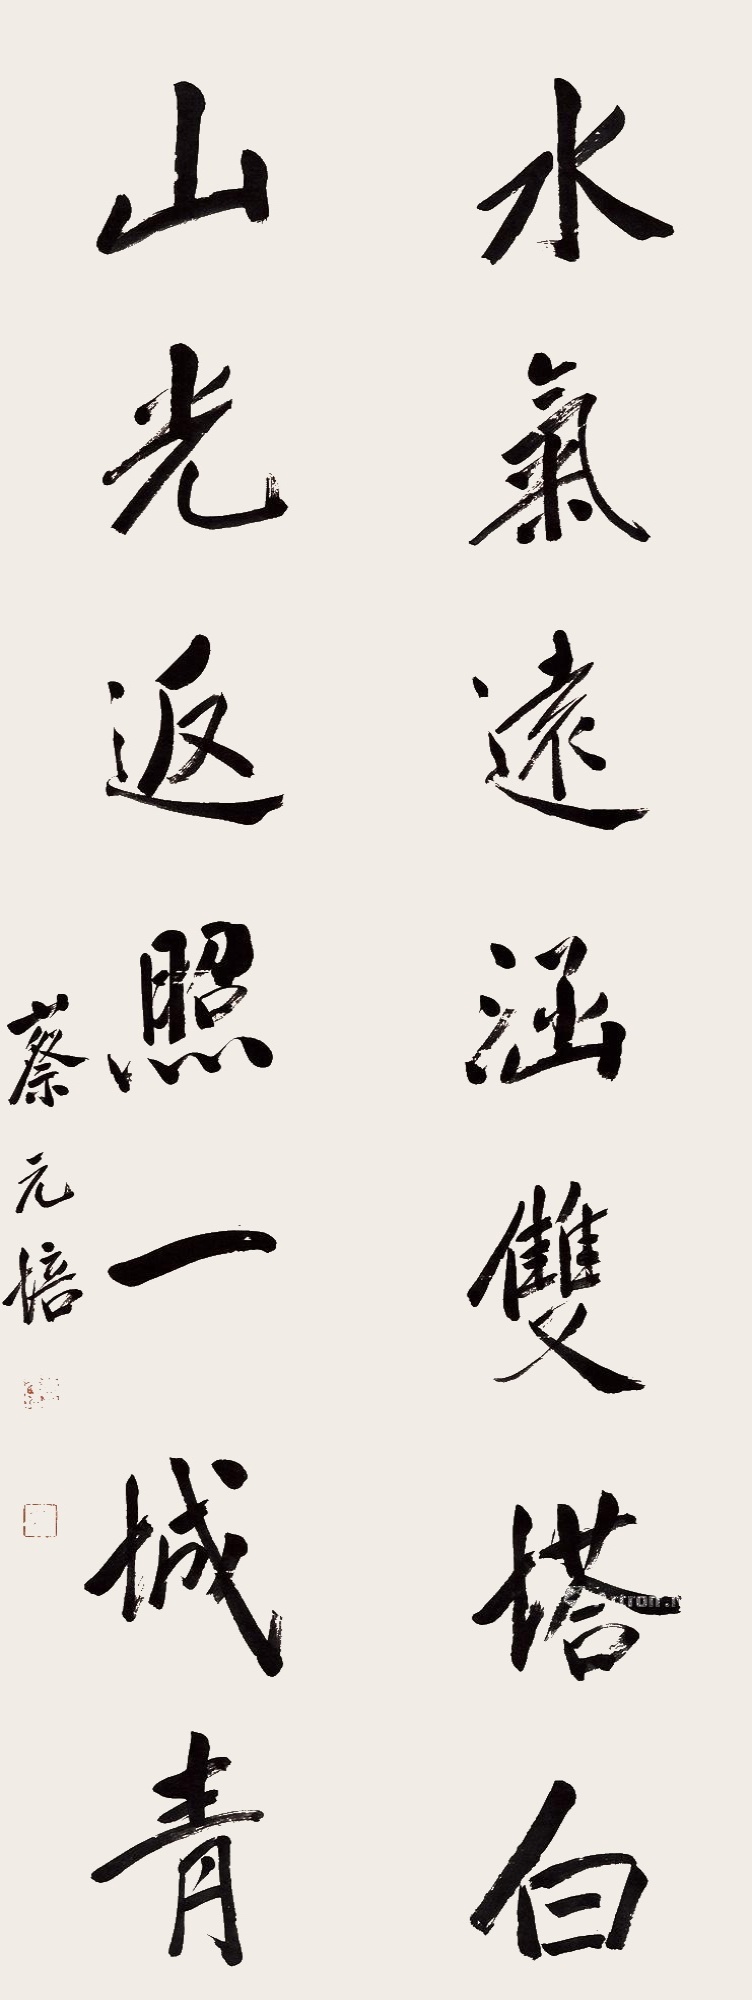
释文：水气远涵双塔白，山光返照一城青。蔡元培。